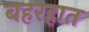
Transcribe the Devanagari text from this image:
बहरहात